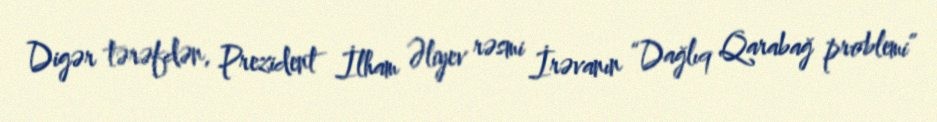
Digər tərəfdən, Prezident İlham Əliyev rəsmi İrəvanın “Dağlıq Qarabağ problemi”